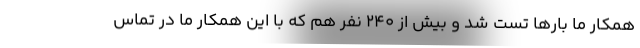
همکار ما بارها تست شد و بیش از ۲۴۰ نفر هم که با این همکار ما در تماس